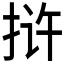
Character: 𰓤